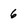
Character: 6